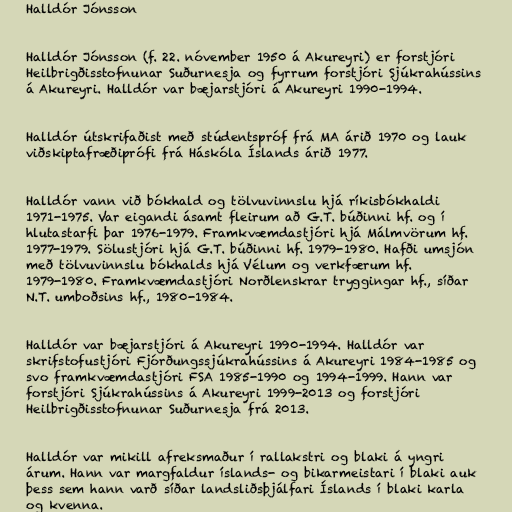
Halldór Jónsson

Halldór Jónsson (f. 22. nóvember 1950 á Akureyri) er forstjóri
Heilbrigðisstofnunar Suðurnesja og fyrrum forstjóri Sjúkrahússins
á Akureyri. Halldór var bæjarstjóri á Akureyri 1990-1994.

Halldór útskrifaðist með stúdentspróf frá MA árið 1970 og lauk
viðskiptafræðiprófi frá Háskóla Íslands árið 1977.

Halldór vann við bókhald og tölvuvinnslu hjá ríkisbókhaldi
1971-1975. Var eigandi ásamt fleirum að G.T. búðinni hf. og í
hlutastarfi þar 1976-1979. Framkvæmdastjóri hjá Málmvörum hf.
1977-1979. Sölustjóri hjá G.T. búðinni hf. 1979-1980. Hafði umsjón
með tölvuvinnslu bókhalds hjá Vélum og verkfærum hf.
1979-1980. Framkvæmdastjóri Norðlenskrar tryggingar hf., síðar
N.T. umboðsins hf., 1980-1984.

Halldór var bæjarstjóri á Akureyri 1990-1994. Halldór var
skrifstofustjóri Fjórðungssjúkrahússins á Akureyri 1984-1985 og
svo framkvæmdastjóri FSA 1985-1990 og 1994-1999. Hann var
forstjóri Sjúkrahússins á Akureyri 1999-2013 og forstjóri
Heilbrigðisstofnunar Suðurnesja frá 2013.

Halldór var mikill afreksmaður í rallakstri og blaki á yngri
árum. Hann var margfaldur íslands- og bikarmeistari í blaki auk
þess sem hann varð síðar landsliðsþjálfari Íslands í blaki karla
og kvenna.